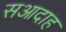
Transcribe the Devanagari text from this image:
सआदाह